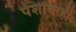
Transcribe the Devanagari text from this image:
पेशींवरही